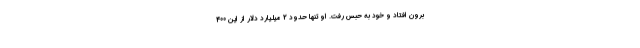
برون افتاد و خود به حبس رفت. او تنها حدود 2 میلیارد دلار از این 400